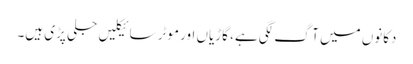
دکانوں میں آگ لگی ہے، گاڑیاں اور موٹر سائیکلیں جلی پڑی ہیں۔